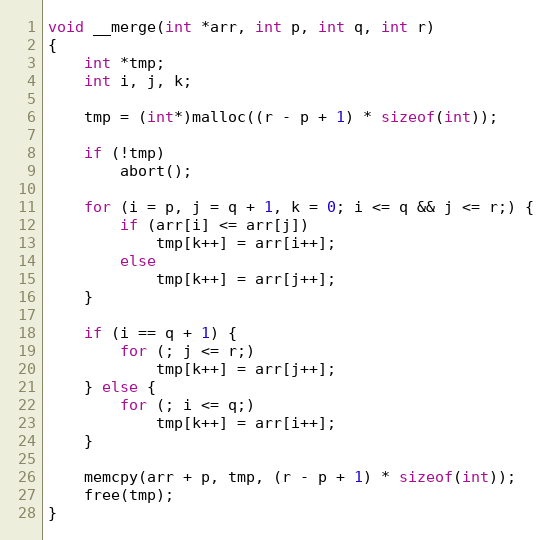
Language: C
void __merge(int *arr, int p, int q, int r)
{
	int *tmp;
	int i, j, k;

	tmp = (int*)malloc((r - p + 1) * sizeof(int));

	if (!tmp)
		abort();

	for (i = p, j = q + 1, k = 0; i <= q && j <= r;) {
		if (arr[i] <= arr[j])
			tmp[k++] = arr[i++];
		else
			tmp[k++] = arr[j++];
	}

	if (i == q + 1) {
		for (; j <= r;)
			tmp[k++] = arr[j++];
	} else {
		for (; i <= q;)
			tmp[k++] = arr[i++];
	}

	memcpy(arr + p, tmp, (r - p + 1) * sizeof(int));
	free(tmp);
}